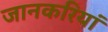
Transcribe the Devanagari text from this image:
जानकरियां